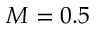
M = 0 . 5